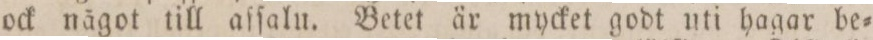
ock något till afſalu. Betet är mycket godt uti hagar be=